Report on sanitation, dispensaries, and jails in Rajputana for 1915, and on vaccination for the year 1915-1916 - 1915-1916
Year: 1915
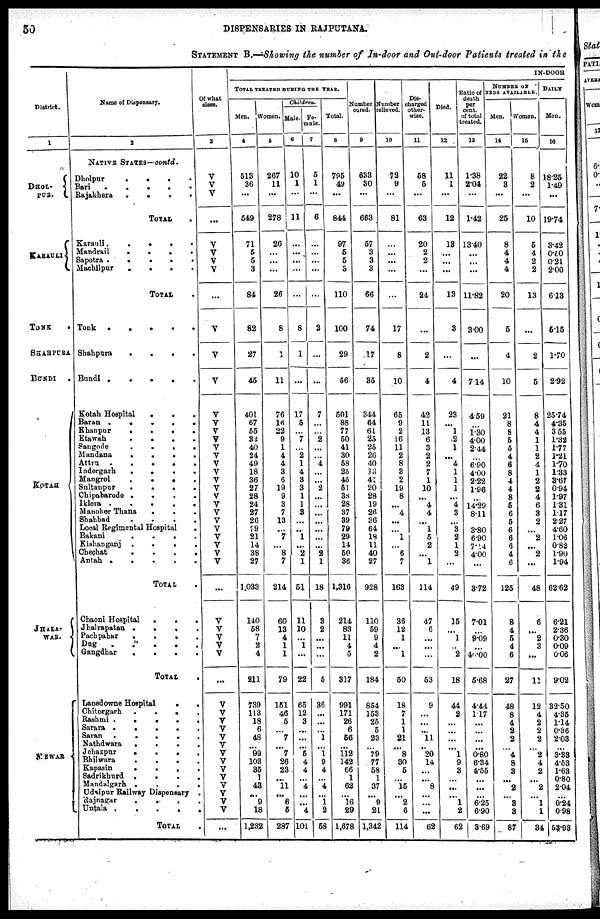
50
DISPENSARIES IN RAJPUTANA.
STATEMENT B.—Showing the number of In-door and Out-door Patients treated in the
District.
1
DHOL¬
PUR.
KARAULI
TONK
.
SHAHPURA
BUNDI
.
KOTAH
JHALA¬
WAR.
MEWAR
Name of Dispensary.
2
NATIVE STATES—contd.
Dholpur . . . .
Bari
.
.
.
.
.
Rajakhera . . . .
TOTAL .
Karauli
.
.
.
. .
Mandrail
.
.
.
.
Sapotra .
.
.
.
.
Machilpur
.
.
. .
TOTAL .
Tonk
.
.
.
.
.
Shahpura
.
.
. .
Bundi .
.
.
.
.
Kotah Hospital
.
.
.
Baran .
.
.
.
.
Khanpur
.
.
.
.
Etawah
.
. . .
Sangode
.
.
. .
Mandana
.
.
.
.
Attru
.
.
.
.
Indergarh
.
.
.
.
Mangrol
.
.
.
.
Sultanpur
.
.
.
.
Chipabarode .
.
.
.
Iklera .
.
.
.
.
Manoher Thana
.
. .
Shahbad
.
.
.
.
Local Regimental Hospital .
Bakani
.
.
.
.
Kishanganj .
.
.
.
Chechat
.
.
.
.
Antah .
.
.
.
.
TOTAL .
Chaoni Hospital
.
.
.
Jhalrapatan .
.
. .
Pachpahar
.
.
.
.
Dug . . . .
Gangdhar
.
.
.
.
TOTAL
.
Lansdowne Hospital
.
.
Chitorgarh
.
.
.
.
Rashmi
.
.
.
. .
Sarara .
.
.
.
.
Saran
.
.
.
.
.
Nathdwara
.
.
. .
Jehazpur
.
.
.
.
Bhilwara
.
.
.
.
Kapasin
.
.
.
.
Sadrikhurd .
.
.
.
Mandalgarh .
.
.
.
Udaipur Railway Dispensary .
Rajnagar . . .
.
Untala .
.
.
.
.
TOTAL .
Of what
class.
3
V
V
V
...
V
V
V
V
...
V
V
V
V
V
V
V
V
V
V
V
V
V
V
V
V
V
V
V
V
V
V
...
V
V
V
V
V
...
V
V
V
V
V
V
V
V
V
V
V
V
V
V
...
IN-DOOR
TOTAL TREATED DURING THE YEAR.
Men.
4
513
36
...
549
71
5
5
3
84
82
27
45
401
67
55
32
40
24
49
18
36
27
28
24
27
26
79
21
14
38
27
1,033
140
58
7
2
4
811
739
113
18
6
48
...
99
103
35
1
43
...
9
18
1,232
Women.
5
267
11
...
278
26
...
...
...
26
8
1
11
76
16
22
9
1
4
4
3
6
19
9
3
7
13
...
7
...
8
7
214
60
13
4
1
1
79
151
46
5
...
7
...
7
26
23
...
11
...
6
5
287
Children.
Male.
6
10
1
...
11
...
...
...
...
...
8
1
...
17
5
...
7
...
2
1
4
3
3
1
1
3
...
...
1
...
2
1
51
11
10
...
1
...
22
65
12
3
...
...
...
5
4
4
...
4
...
...
4
101
Fe-
male.
7
5
1
...
6
...
...
...
...
...
2
...
...
7
...
...
2
...
...
4
...
...
2
...
...
...
...
...
...
...
2
1
18
3
2
...
...
...
5
86
...
...
...
1
...
1
9
4
...
4
...
1
2
58
Total.
8
795
49
...
844
97
5
5
3
110
100
29
56
501
88
77
50
41
30
58
26
45
51
38
28
37
39
79
29
14
50
36
1,316
214
83
11
4
5
317
991
171
26
6
56
...
112
142
66
1
62
...
16
29
1,678
Number
cured.
9
633
30
...
663
57
3
3
3
66
74
17
35
344
64
61
25
25
26
40
33
41
20
28
19
26
36
64
18
11
40
27
928
110
59
9
4
2
184
854
153
25
5
23
...
79
77
58
1
37
...
9
21
1,342
Number
relieved.
10
72
9
...
81
...
...
...
...
...
17
8
10
65
9
2
16
11
2
8
3
2
19
8
...
4
...
...
1
...
6
7
163
36
12
1
...
1
50
18
7
1
1
21
...
8
30
5
...
15
...
2
6
114
Dis-
charged
other-
wise.
11
58
5
...
63
20
2
2
...
24
...
2
4
42
11
13
6
3
2
2
7
1
10
...
4
4
...
1
5
2
...
1
114
47
6
...
...
...
53
9
...
...
...
11
...
20
14
...
...
8
...
...
...
62
Died.
12
11
1
...
12
13
...
...
...
13
3
...
4
23
...
1
2
1
...
4
1
1
1
...
4
3
...
3
2
1
2
...
49
15
...
1
...
2
18
44
2
...
...
...
...
1
9
3
...
...
...
1
2
62
Ratio of
death
per
cent.
of total
treated.
13
1.38
2.04
...
1.42
13.40
...
...
...
11.82
3.00
...
7.14
4.59
...
1.30
4.00
2.44
...
6.90
4.00
2.22
1.96
...
14.29
8.11
...
3.80
6.90
7.14
4.00
...
3.72
7.01
...
9.09
...
46.00
5.68
4.44
1.17
...
...
...
...
0.80
6.34
4.55
...
...
...
6.25
6.90
3.69
NUMBER OF
BEDS AVAILABLE.
Men.
14
22
3
...
25
8
4
4
4
20
5
4
10
21
8
8
5
5
4
6
8
4
4
8
5
6
5
6
6
6
4
6
125
8
4
5
4
6
27
48
8
4
2
2
...
4
8
3
...
2
...
8
8
87
Women.
15
8
2
...
10
5
4
2
2
13
...
2
5
8
4
4
1
1
2
4
1
2
2
4
6
3
2
...
2
...
2
...
48
6
...
2
3
...
11
12
4
2
2
2
...
2
4
2
...
2
...
1
1
34
DAILY
Men.
16
18.25
1.49
...
19.74
3.42
0.50
0.21
2.00
6.13
5.15
1.70
2.92
25.74
4.35
3.55
1.32
1.77
1.21
1.70
1.33
3.67
0.94
1.97
1.31
1.17
2.27
4.60
1.06
0.82
1.90
1.94
62.62
6.21
2.36
0.30
0.09
0.06
9.02
32.50
4.35
1.14
0.36
2.03
...
3.33
4.53
1.63
0.80
2.04
...
0.24
0.98
63.93